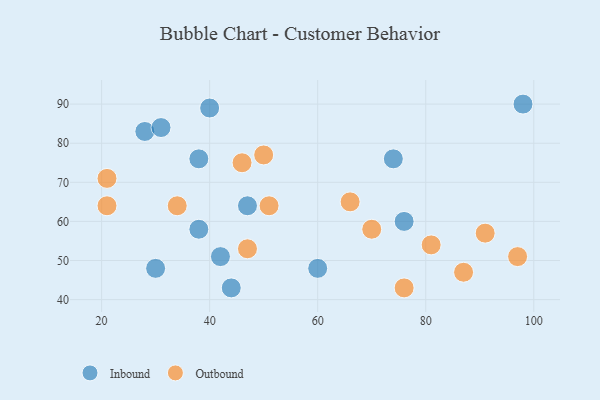
{"axis": {"x": "GDP", "y": "Life Expectancy"}, "legend": ["Inbound", "Outbound"], "data": [{"x": "38", "y": 58, "type": "Inbound"}, {"x": "42", "y": 51, "type": "Inbound"}, {"x": "38", "y": 76, "type": "Inbound"}, {"x": "74", "y": 76, "type": "Inbound"}, {"x": "30", "y": 48, "type": "Inbound"}, {"x": "40", "y": 89, "type": "Inbound"}, {"x": "44", "y": 43, "type": "Inbound"}, {"x": "76", "y": 60, "type": "Inbound"}, {"x": "28", "y": 83, "type": "Inbound"}, {"x": "98", "y": 90, "type": "Inbound"}, {"x": "31", "y": 84, "type": "Inbound"}, {"x": "60", "y": 48, "type": "Inbound"}, {"x": "47", "y": 64, "type": "Inbound"}, {"x": "50", "y": 77, "type": "Outbound"}, {"x": "34", "y": 64, "type": "Outbound"}, {"x": "97", "y": 51, "type": "Outbound"}, {"x": "87", "y": 47, "type": "Outbound"}, {"x": "51", "y": 64, "type": "Outbound"}, {"x": "46", "y": 75, "type": "Outbound"}, {"x": "81", "y": 54, "type": "Outbound"}, {"x": "91", "y": 57, "type": "Outbound"}, {"x": "76", "y": 43, "type": "Outbound"}, {"x": "21", "y": 71, "type": "Outbound"}, {"x": "66", "y": 65, "type": "Outbound"}, {"x": "47", "y": 53, "type": "Outbound"}, {"x": "70", "y": 58, "type": "Outbound"}, {"x": "21", "y": 64, "type": "Outbound"}]}